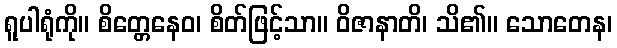
ရူပါရုံကို။ စိတ္တေနေဝ၊ စိတ်ဖြင့်သာ။ ဝိဇာနာတိ၊ သိ၏။ သောတေန၊